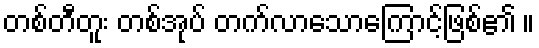
တစ်တီတူး တစ်အုပ် တက်လာသောကြောင့်ဖြစ်၏ ။